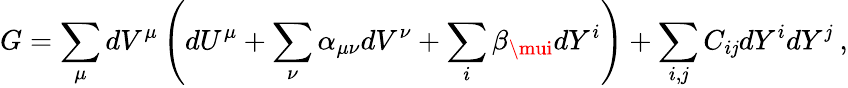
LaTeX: G=\sum_{\mu}dV^{\mu}\left(dU^{\mu}+\sum_{\nu}\alpha_{\mu\nu}dV^{\nu}+\sum_{i}\beta_{\mui}dY^{i}\right)+\sum_{i,\mathit{j}}C_{i\mathit{j}}dY^{i}dY^{\mathit{j}}~,